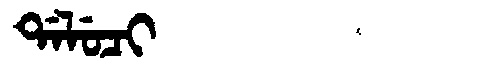
Manchu: ᡩᠠᠯᡠᠴᡳ
Romanization: DALUCI